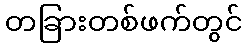
တခြားတစ်ဖက်တွင်